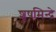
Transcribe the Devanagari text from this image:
शूषमिन्द्रे